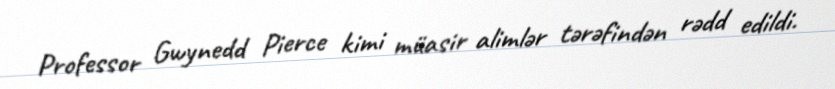
Professor Gwynedd Pierce kimi müasir alimlər tərəfindən rədd edildi.